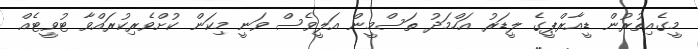
މީގެއިތުރުން ޑީއާރްޕީގެ ލީޑަރު އަހްމަދު ތަސްމީން އަލީވެސް ވަނީ މިކަން ކުށްވެރިކުރައްވާ ޓުވީޓެއް